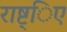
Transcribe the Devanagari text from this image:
राष्ट्िए